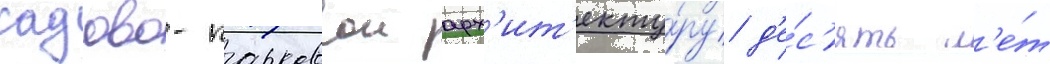
садово-парковои арх'ит'екту́ру д'е́с'ять л'е́т